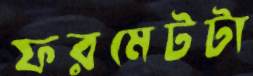
ফরমেটটা